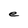
Character: e